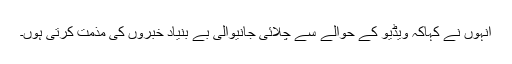
انہوں نے کہاکہ ویڈیو کے حوالے سے چلائی جانیوالی بے بنیاد خبروں کی مذمت کرتی ہوں۔